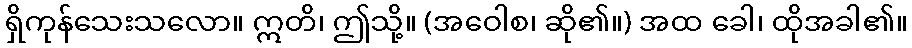
ရှိကုန်သေးသလော။ ဣတိ၊ ဤသို့။ (အဝေါစ၊ ဆို၏။) အထ ခေါ၊ ထိုအခါ၏။